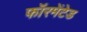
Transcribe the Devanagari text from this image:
फॉरमेंटेड